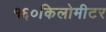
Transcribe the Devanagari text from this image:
१६०किलोमीटर